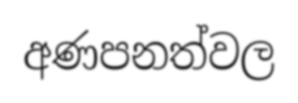
අණපනත්වල